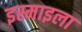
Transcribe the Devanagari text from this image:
इस्माइला